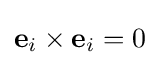
{\textstyle \mathbf {e} _{i}\times \mathbf {e} _{i}=0}